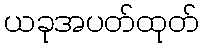
ယခုအပတ်ထုတ်